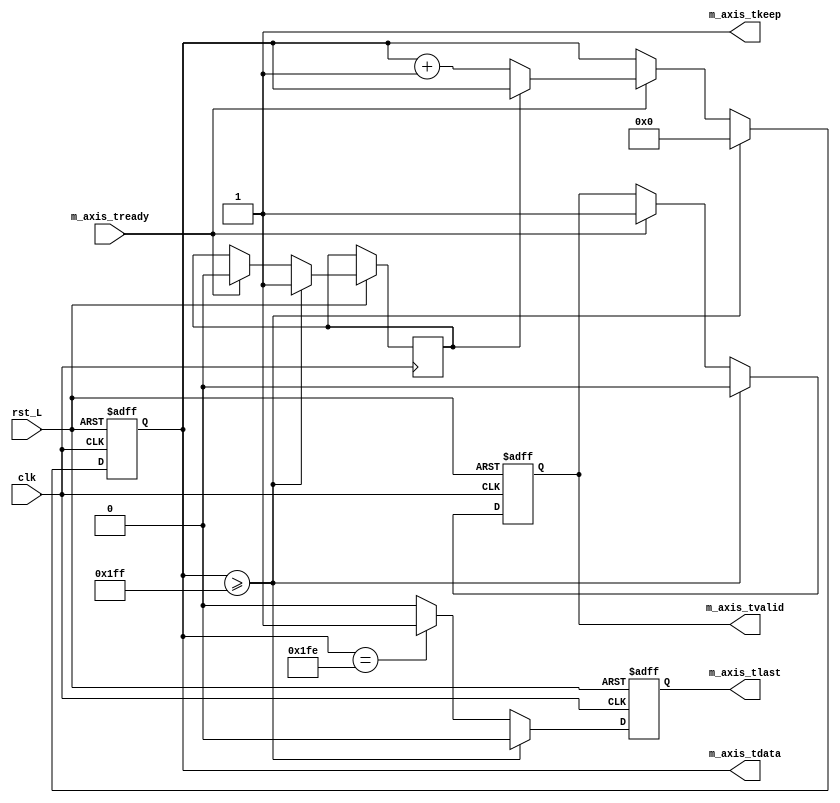
// vim: set ts=4 sw=4 tw=0 et
//////////////////////////////////////////////////

`timescale 1ns / 1ps

module axi_counter #(
    // Width of data bus in bits
    parameter DATA_WIDTH = 32,
    // Width of wstrb (width of data bus in words)
    parameter STRB_WIDTH = (DATA_WIDTH/8),
    // Width of counter in bits (counts from = to 2^CNT_WIDTH-1 )
    parameter CNT_WIDTH = 9, //( 0- 511)
    // to which number should the counter count?
    parameter CNT_MAX = 511, //( 0 - 511)
    // Width of counter in bits (counts from = to 2^CNT_WIDTH-1 )
    parameter KEEP_WIDTH = 1 //(
)
    (
        input  clk,
        input  rst_L,
        /*
        * AXI lite master interface
        */
        output m_axis_tvalid,
        input  m_axis_tready,

        output [DATA_WIDTH-1:0] m_axis_tdata,
        output [KEEP_WIDTH-1:0]   m_axis_tkeep,

        output m_axis_tlast
    );

    assign m_axis_tkeep =  {KEEP_WIDTH{1'b1}};
    reg [DATA_WIDTH-1:0] counter_r = 'h00;
    reg last_r = 1'b0;
    reg valid_r = 1'b0;
    reg zeroflag_r = 1'b1;
    
    assign m_axis_tdata = counter_r;
    //assign m_axis_tvalid = 1'b1; // Allways valid
    assign m_axis_tvalid = valid_r;
    assign m_axis_tlast = last_r;
    

    always @ (posedge clk or negedge rst_L)
        if (~rst_L) begin
            counter_r  <= 'h00;
            last_r <= 1'b0;
            valid_r <= 1'b0;
        end else begin
            if(/*axi_tvalid == 1 && */ m_axis_tready == 1'b1) begin
                if(zeroflag_r == 1'b1) begin
                    //counter_r <= 32'd0;
                    zeroflag_r <= 1'b0;
                end else begin
                    counter_r <= counter_r + 1'd1;
                end
                valid_r <= 1'b1;
            end
            if (counter_r == (CNT_MAX-1)) begin
                last_r <= 1'b1;
            end else begin
                last_r <= 1'b0;
            end
            if (counter_r >= (CNT_MAX)) begin
                last_r <= 1'b0;
                //counter_r[CNT_WIDTH-1:0] <= {CNT_WIDTH{1'b1}};
                counter_r <= 32'd0;
                zeroflag_r <= 1'b1;
                valid_r <= 1'b0;
            end
        
//            if (m_axis_tready) begin  // Count if AXI slave is ready
//                counter_r <= counter_r + 1;
//                valid_r <= 1'b1;
//                if (counter_r[CNT_WIDTH-1:0] == {CNT_WIDTH{1'b1}}) begin //{CNT_WIDTH{1'b1}}) // CNT_WIDTH'd512
//                    last_r <= 1'b1;
//                end else begin
//                    last_r <= 1'b0;
//                end
//            end
        end
        
        

endmodule